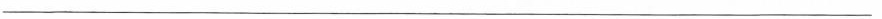
___